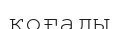
қоғады